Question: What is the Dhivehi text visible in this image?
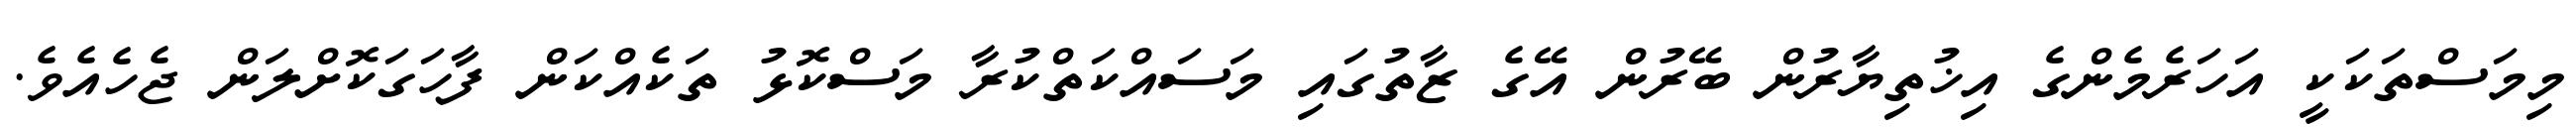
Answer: މިމަސްތަކަކީ އަހަރެމެންގެ އިޚުތިޔާރުން ބޭރުން އޭގެ ޒާތުގައި މަސައްކަތްކުރާ މަސްކޮޅު ތަކެއްކަން ފާހަގަކޮށްލަން ޖެހެއެވެ.